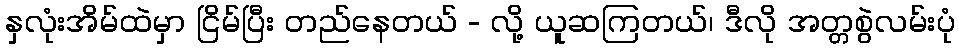
နှလုံးအိမ်ထဲမှာ ငြိမ်ပြီး တည်နေတယ် - လို့ ယူဆကြတယ်၊ ဒီလို အတ္တစွဲလမ်းပုံ